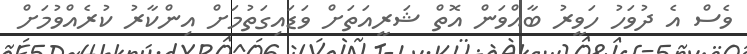
ވެސް އެ ދުވަހު ހަވީރު ބާއްވަން އޮތް ޝަރީއަތަށް ވަޑައިގަތުމަށް އިންކާރު ކުރެއްވުމަށް